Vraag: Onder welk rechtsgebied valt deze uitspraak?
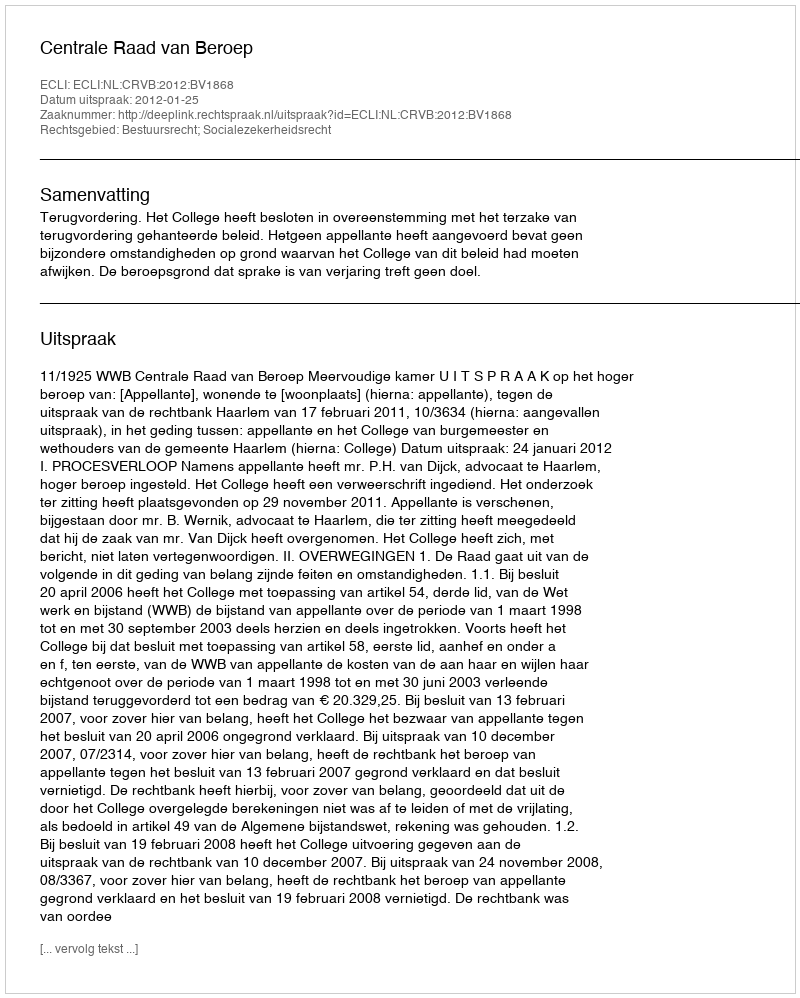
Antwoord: Bestuursrecht; Socialezekerheidsrecht